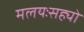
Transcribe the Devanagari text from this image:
मलयःसह्यो